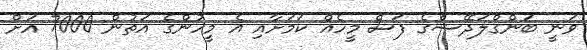
ވަނީ ބަންގްލަދޭޝްގެ ފަސް މީހެއް ކަމަށާއި އެ މީހުންގެ އަތުން 7000 އަށް